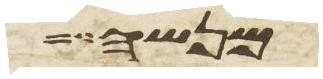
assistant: מנשה